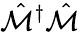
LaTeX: \hat{\mathcal{M}}^{\dagger}\hat{\mathcal{M}}